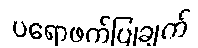
ပရောဖက်ပြုချက်